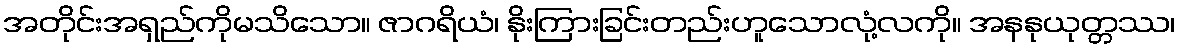
အတိုင်းအရှည်ကိုမသိသော။ ဇာဂရိယံ၊ နိုးကြားခြင်းတည်းဟူသောလုံ့လကို။ အနနုယုတ္တဿ၊